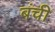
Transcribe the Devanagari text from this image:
बंची